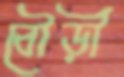
বৌড়ী